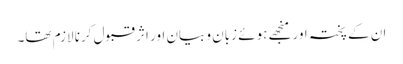
ان کے پختہ اور منجھے ہوئے زبان و بیان اور اثر قبول کرنا لازم تھا۔